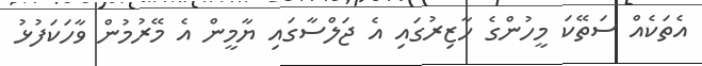
އެތަކެއް ސަތޭކަ މީހުންގެ ހާޒިރުގައި އެ ޖަލްސާގައި ޔާމީން އެ މޭރުމުން ވާހަކަފުޅު